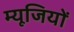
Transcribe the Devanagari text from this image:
म्यूजियों